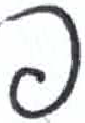
אות: פ